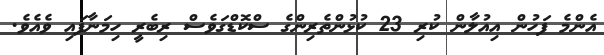
އެންމެ ފަހުން އިއުލާން ކުރި 23 ކުޅުންތެރިންގެ ސްކޮޑްގަވެސް ރިބެރީ ހިމަނާފައި ވެއެވެ.